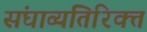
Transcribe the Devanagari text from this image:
संघाव्यतिरिक्त